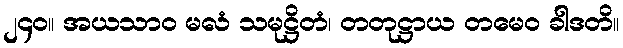
၂၄၀။ အယသာဝ မလံ သမုဋ္ဌိတံ၊ တတုဋ္ဌာယ တမေဝ ခါဒတိ။